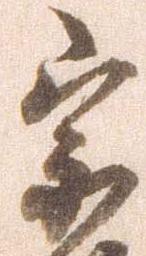
宗